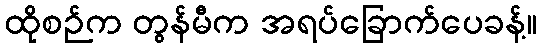
ထိုစဉ်က တွန်မီက အရပ်ခြောက်ပေခန့်။